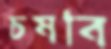
চষবি